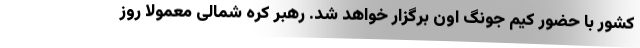
کشور با حضور کیم جونگ اون برگزار خواهد شد. رهبر کره شمالی معمولا روز